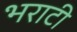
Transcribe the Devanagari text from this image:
भराटी